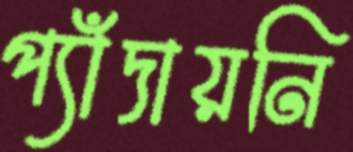
প্যাঁদায়নি